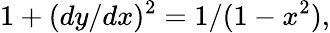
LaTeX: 1+(dy/dx)^{2}=1/(1-x^{2}),